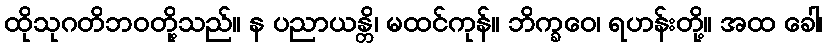
ထိုသုဂတိဘဝတို့သည်။ န ပညာယန္တိ၊ မထင်ကုန်။ ဘိက္ခဝေ၊ ရဟန်းတို့။ အထ ခေါ၊